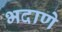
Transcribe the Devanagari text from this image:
भदाणे